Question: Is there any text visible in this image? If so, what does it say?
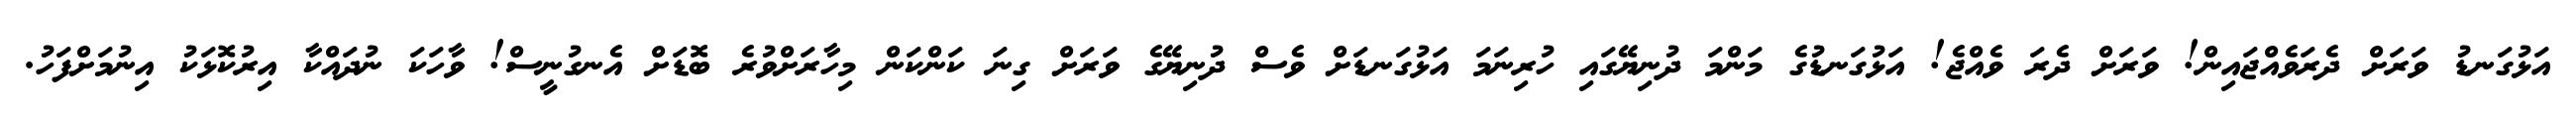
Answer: އަޅުގަނޑު ވަރަށް ދެރަވެއްޖައިން! ވަރަށް ދެރަ ވެއްޖެ! އަޅުގަނޑުގެ މަންމަ ދުނިޔޭގައި ހުރިނަމަ އަޅުގަނޑަށް ވެސް ދުނިޔޭގެ ވަރަށް ގިނަ ކަންކަން މިހާރަށްވުރެ ބޮޑަށް އެނގުނީސް! ވާހަކަ ނުދައްކާ އިރުކޮޅަކު އިނުމަށްފަހު.